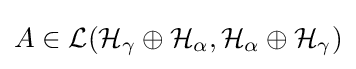
A\in {\mathcal {L(H_{\gamma }\oplus H_{\alpha },H_{\alpha }\oplus H_{\gamma })}}